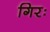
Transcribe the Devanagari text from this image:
गिरः